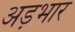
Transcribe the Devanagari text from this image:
अड़भार